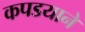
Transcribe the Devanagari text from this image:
कपडयाने